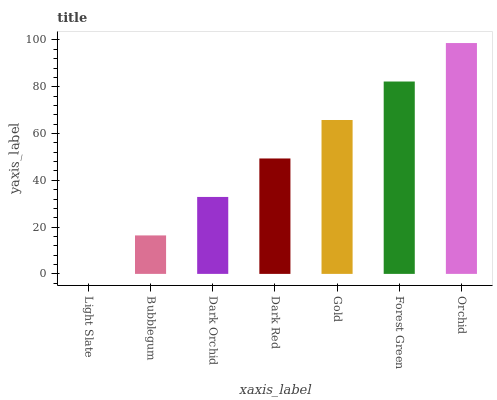
| xaxis_label | bars |
 | --- | --- |
 | Light Slate | 0 |
 | Bubblegum | 16.4 |
 | Dark Orchid | 32.9 |
 | Dark Red | 49.3 |
 | Gold | 65.8 |
 | Forest Green | 82.2 |
 | Orchid | 98.7 |